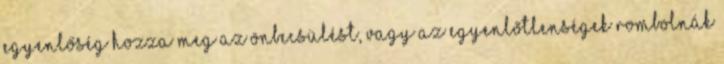
egyenlőség hozza meg az önbecsülést, vagy az egyenlőtlenségek rombolnák